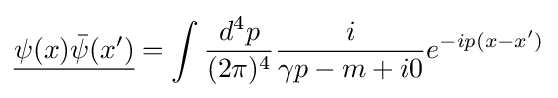
{\underline {\psi (x){\bar {\psi }}(x')}}=\int {\frac {d^{4}p}{(2\pi )^{4}}}{\frac {i}{\gamma p-m+i0}}e^{-ip(x-x')}